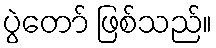
ပွဲတော် ဖြစ်သည်။